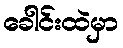
ခေါင်းထဲမှာ